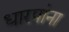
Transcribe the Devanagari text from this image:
धारपांना